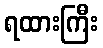
ရထားကြီး